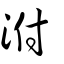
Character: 泭